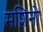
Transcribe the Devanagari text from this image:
मशिनो